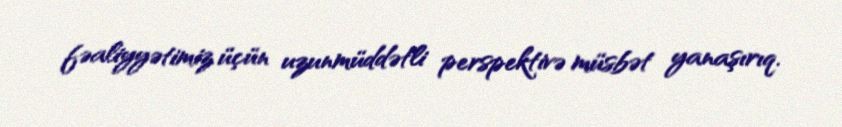
fəaliyyətimiz üçün uzunmüddətli perspektivə müsbət yanaşırıq.